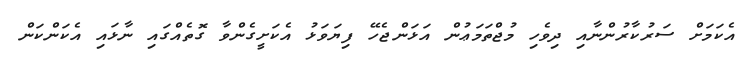
އެކަމަށް ސަރުކާރުންނާއި ދިވެހި މުޖްތަމަޢުން އަޅަންޖެހޭ ފިޔަވަޅު އެކަށީގެންވާ ގޮތެއްގައި ނާޅައި އެކަންކަން